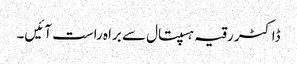
ڈاکٹر رقیہ ہسپتال سے براہ راست آئیں۔